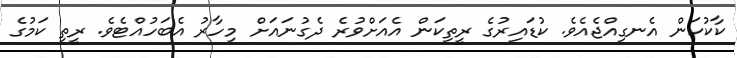
ކާކުކަން އެނގިއްޖެއެވެ. ކުޑައިރުގެ ރީތިކަން އެއަށްވުރެ ދެގުނައަށް މިހާރު އެބަހުއްޓެވެ. ރީތި ކަމުގެ